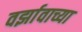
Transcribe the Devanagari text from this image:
वर्झावाच्या